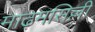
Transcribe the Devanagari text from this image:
माढ़मसिल्ली